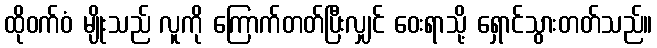
ထိုဝက်ဝံ မျိုးသည် လူကို ကြောက်တတ်ပြီးလျှင် ဝေးရာသို့ ရှောင်သွားတတ်သည်။